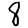
Digit: 8